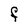
Character: F